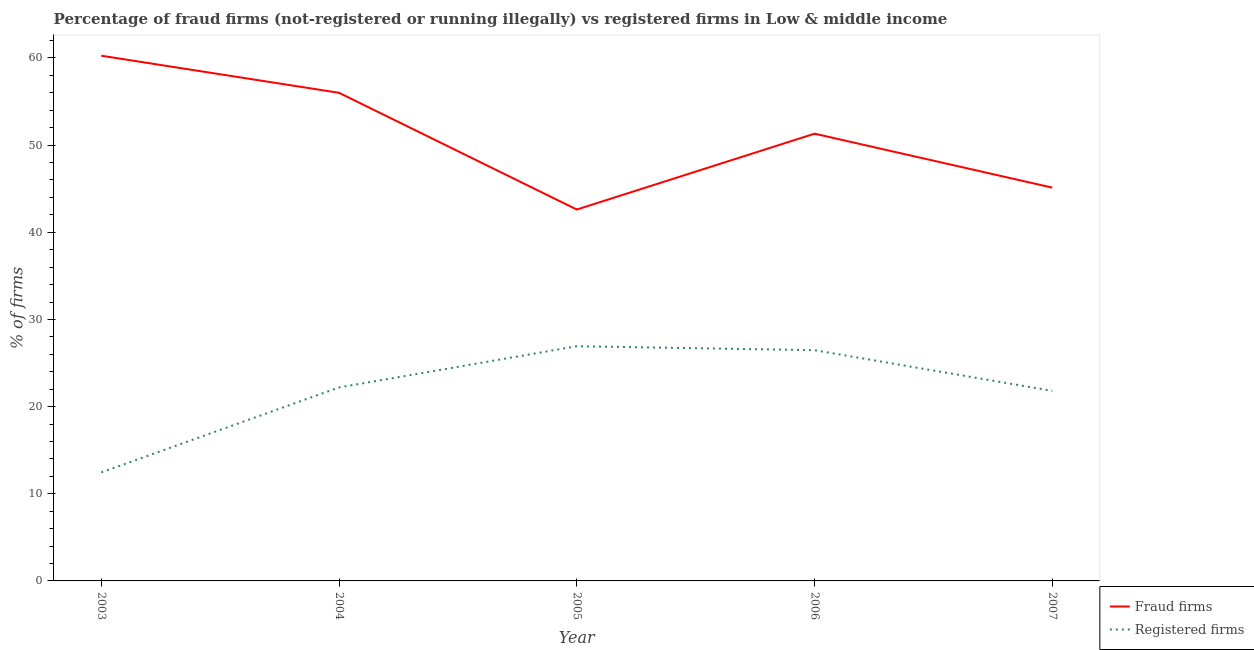
| Year | Fraud firms | Registered firms |
 | --- | --- | --- |
 | 2003 | 60.3 | 12.4 |
 | 2004 | 56 | 22.2 |
 | 2005 | 42.6 | 26.9 |
 | 2006 | 51.3 | 26.5 |
 | 2007 | 45.1 | 21.8 |